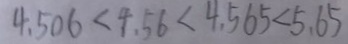
4 . 5 0 6 < 4 . 5 6 < 4 . 5 6 5 < 5 . 6 5